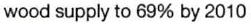
wood supply to 69% by 2010